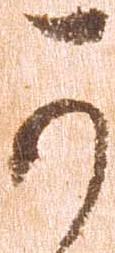
可